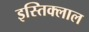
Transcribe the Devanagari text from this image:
इस्तिक्लाल